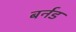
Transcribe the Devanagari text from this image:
बर्नड